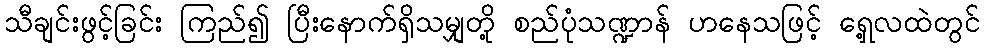
သီချင်းဖွင့်ခြင်း ကြည်၍ ပြီးနောက်ရှိသမျှတို့ စည်ပုံသဏ္ဍာန် ဟနေသဖြင့် ရှေ့လထဲတွင်